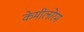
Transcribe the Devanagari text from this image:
केमीलोरम